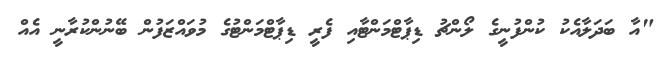
"އާ ބަދަލާއެކު ކުންފުނީގެ ލޯންޗު ޑިޕާޓްމަންޓާއި ފެރީ ޑިޕާޓްމަންޓުގެ މުވައްޒަފުން ބޭނުންކުރާނީ އެއް